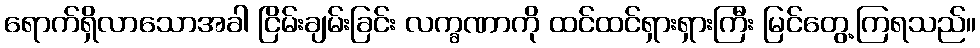
ရောက်ရှိလာသောအခါ ငြိမ်းချမ်းခြင်း လက္ခဏာကို ထင်ထင်ရှားရှားကြီး မြင်တွေ့ကြရသည်။